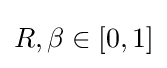
R,\beta \in [0,1]